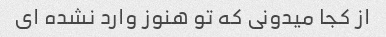
از کجا میدونی که تو هنوز وارد نشده ای